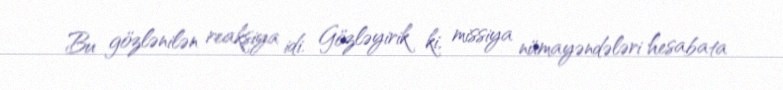
Bu gözlənilən reaksiya idi. Gözləyirik ki, missiya nümayəndələri hesabata